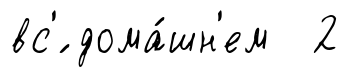
вс'́ дома́шн'ем 2